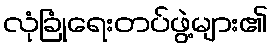
လုံခြုံရေးတပ်ဖွဲ့များ၏